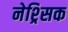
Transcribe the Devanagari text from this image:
नेश्र्सिक